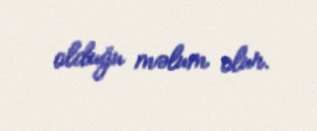
olduğu məlum olur.